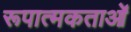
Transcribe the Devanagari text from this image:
रूपात्मकताओं